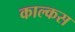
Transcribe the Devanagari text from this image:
काल्कस